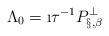
LaTeX: \begin{align*}\Lambda_0 = \i\tau^{-1} P^\perp_{\S,\beta}\end{align*}